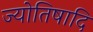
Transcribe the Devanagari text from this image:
ज्योतिषादि